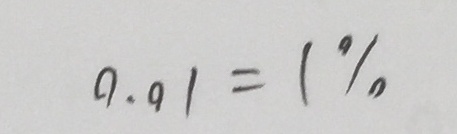
0 . 0 1 = 1 \%